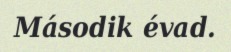
Második évad.